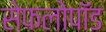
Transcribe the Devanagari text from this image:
सेफलोपॉड